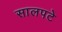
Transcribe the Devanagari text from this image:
सालपटे